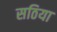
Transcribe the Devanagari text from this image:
सठिया